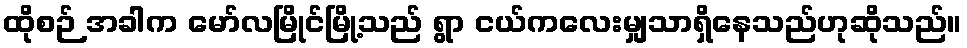
ထိုစဉ် အခါက မော်လမြိုင်မြို့သည် ရွာ ငယ်ကလေးမျှသာရှိနေသည်ဟုဆိုသည်။